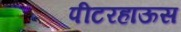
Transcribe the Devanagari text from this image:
पीटरहाऊस